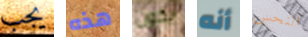
يجب هذه يكون أنه النحس